Vaccine operations Central Provinces & Berar 1912-1920 - 1912-1920
Year: 1912
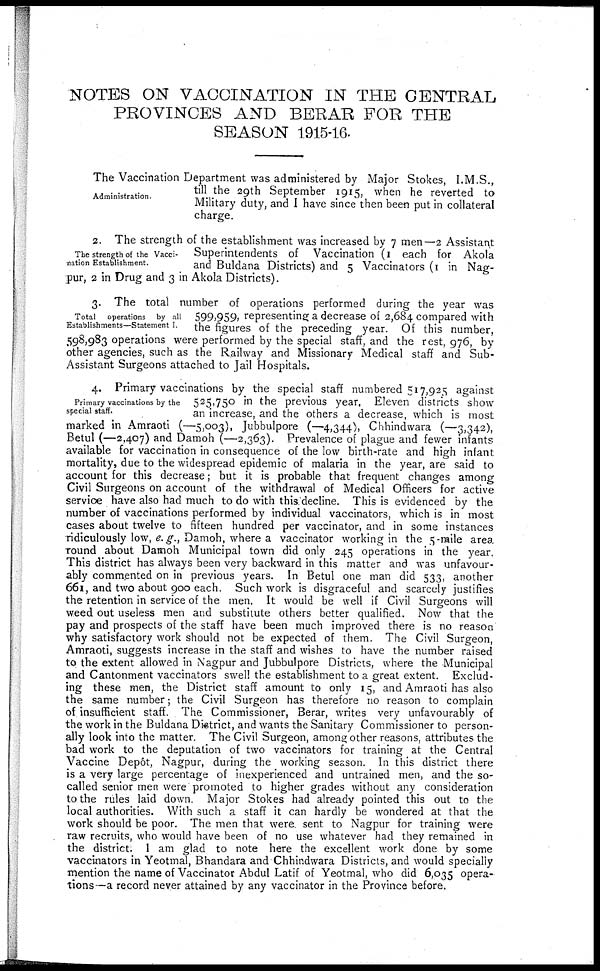
NOTES ON VACCINATION IN THE CENTRAL
PROVINCES AND BERAR FOR THE
SEASON 1915-16.
Administration.
The Vaccination Department was administered by Major Stokes, I.M.S.,
till the 29th September 1915, when he reverted to
Military duty, and I have since then been put in collateral
charge.
The strength of the Vacci-
nation Establishment.
2. The strength of the establishment was increased by 7 men—2 Assistant
Superintendents of Vaccination (1 each for Akola
and Buldana Districts) and 5 Vaccinators (1 in Nag-
pur, 2 in Drug and 3 in Akola Districts).
Total operations by all
Establishments—Statement I.
3. The total number of operations performed during the year was
599,959, representing a decrease of 2,684 compared with
the figures of the preceding year. Of this number,
598,983 operations were performed by the special staff, and the rest, 976, by
other agencies, such as the Railway and Missionary Medical staff and Sub-
Assistant Surgeons attached to Jail Hospitals.
Primary vaccinations by the
special staff.
4. Primary vaccinations by the special staff numbered 517,925 against
525,750 in the previous year. Eleven districts show
an increase, and the others a decrease, which is most
marked in Amraoti (—5,003), Jubbulpore (—4,344), Chhindwara (—3,342),
Betul (—2,407) and Damoh (—2,363). Prevalence of plague and fewer infants
available for vaccination in consequence of the low birth-rate and high infant
mortality, due to the widespread epidemic of malaria in the year, are said to
account for this decrease; but it is probable that frequent changes among
Civil Surgeons on account of the withdrawal of Medical Officers for active
service have also had much to do with this decline. This is evidenced by the
number of vaccinations performed by individual vaccinators, which is in most
cases about twelve to fifteen hundred per vaccinator, and in some instances
ridiculously low, e.g., Damoh, where a vaccinator working in the 5-mile area,
round about Damoh Municipal town did only 245 operations in the year.
This district has always been very backward in this matter and was unfavour-
ably commented on in previous years. In Betul one man did 533, another
661, and two about 900 each. Such work is disgraceful and scarcely justifies
the retention in service of the men. It would be well if Civil Surgeons will
weed out useless men and substitute others better qualified. Now that the
pay and prospects of the staff have been much improved there is no reason
why satisfactory work should not be expected of them. The Civil Surgeon,
Amraoti, suggests increase in the staff and wishes to have the number raised
to the extent allowed in Nagpur and Jubbulpore Districts, where the Municipal
and Cantonment vaccinators swell the establishment to a great extent. Exclud-
ing these men, the District staff amount to only 15, and Amraoti has also
the same number; the Civil Surgeon has therefore no reason to complain
of insufficient staff. The Commissioner, Berar, writes very unfavourably of
the work in the Buldana District, and wants the Sanitary Commissioner to person-
ally look into the matter. The Civil Surgeon, among other reasons, attributes the
bad work to the deputation of two vaccinators for training at the Central
Vaccine Depôt, Nagpur, during the working season. In this district there
is a very large percentage of inexperienced and untrained men, and the so-
called senior men were promoted to higher grades without any consideration
to the rules laid down. Major Stokes had already pointed this out to the
local authorities. With such a staff it can hardly be wondered at that the
work should be poor. The men that were sent to Nagpur for training were
raw recruits, who would have been of no use whatever had they remained in
the district. I am glad to note here the excellent work done by some
vaccinators in Yeotmal, Bhandara and Chhindwara Districts, and would specially
mention the name of Vaccinator Abdul Latif of Yeotmal, who did 6,035 opera-
tions—a record never attained by any vaccinator in the Province before.